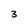
Character: 3